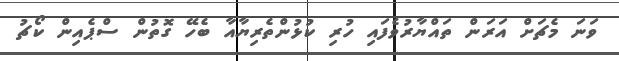
ވަނަ މެޗަށް އަރަން ތައްޔާރުވެފައި ހުރި ކުޅުންތެރިޔާއާ ބެހޭ ގޮތުން ސްޕެއިން ކޯޗު